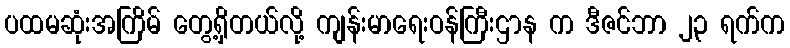
ပထမဆုံးအကြိမ် တွေ့ရှိတယ်လို့ ကျန်းမာရေးဝန်ကြီးဌာန က ဒီဇင်ဘာ ၂၃ ရက်က